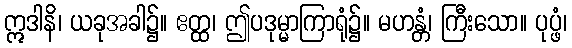
ဣဒါနိ၊ ယခုအခါ၌။ ဧတ္ထ၊ ဤပဒုမ္မာကြာရုံ၌။ မဟန္တံ၊ ကြီးသော။ ပုပ္ဖံ၊